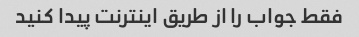
فقط جواب را از طریق اینترنت پیدا کنید